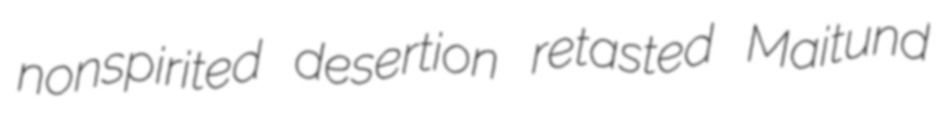
nonspirited desertion retasted Maitund